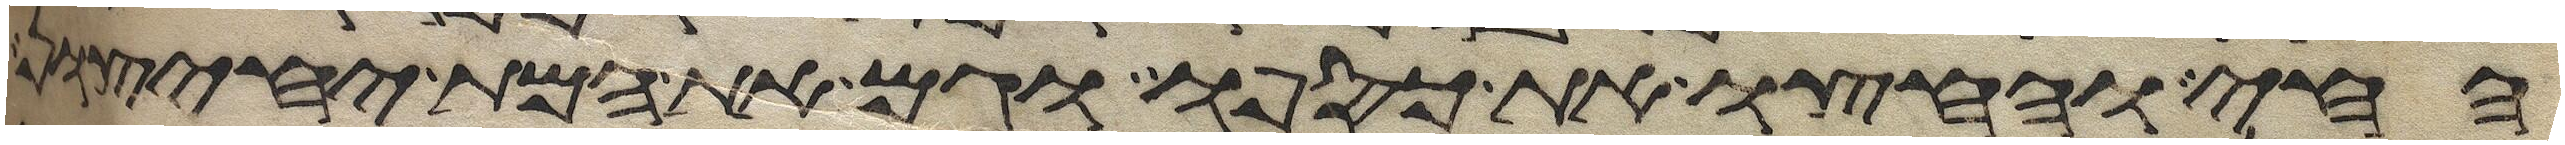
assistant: החי וחצו את כספו וגם את המת יחצון